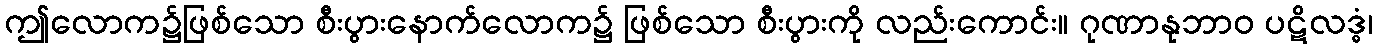
ဤလောက၌ဖြစ်သော စီးပွားနောက်လောက၌ ဖြစ်သော စီးပွားကို လည်းကောင်း။ ဂုဏာနုဘာဝ ပဋိလဒ္ဓံ၊